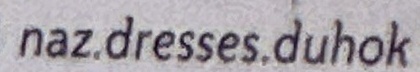
naz.dresses.duhok